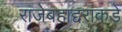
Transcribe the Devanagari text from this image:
राजेबहाद्दरांकडे